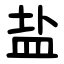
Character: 盐